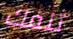
تنفك